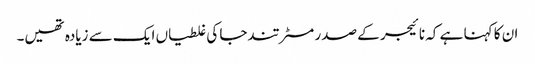
ان کا کہنا ہے کہ نائیجر کے صدر مسٹر تندجا کی غلطیاں ایک سے زیادہ تھیں۔